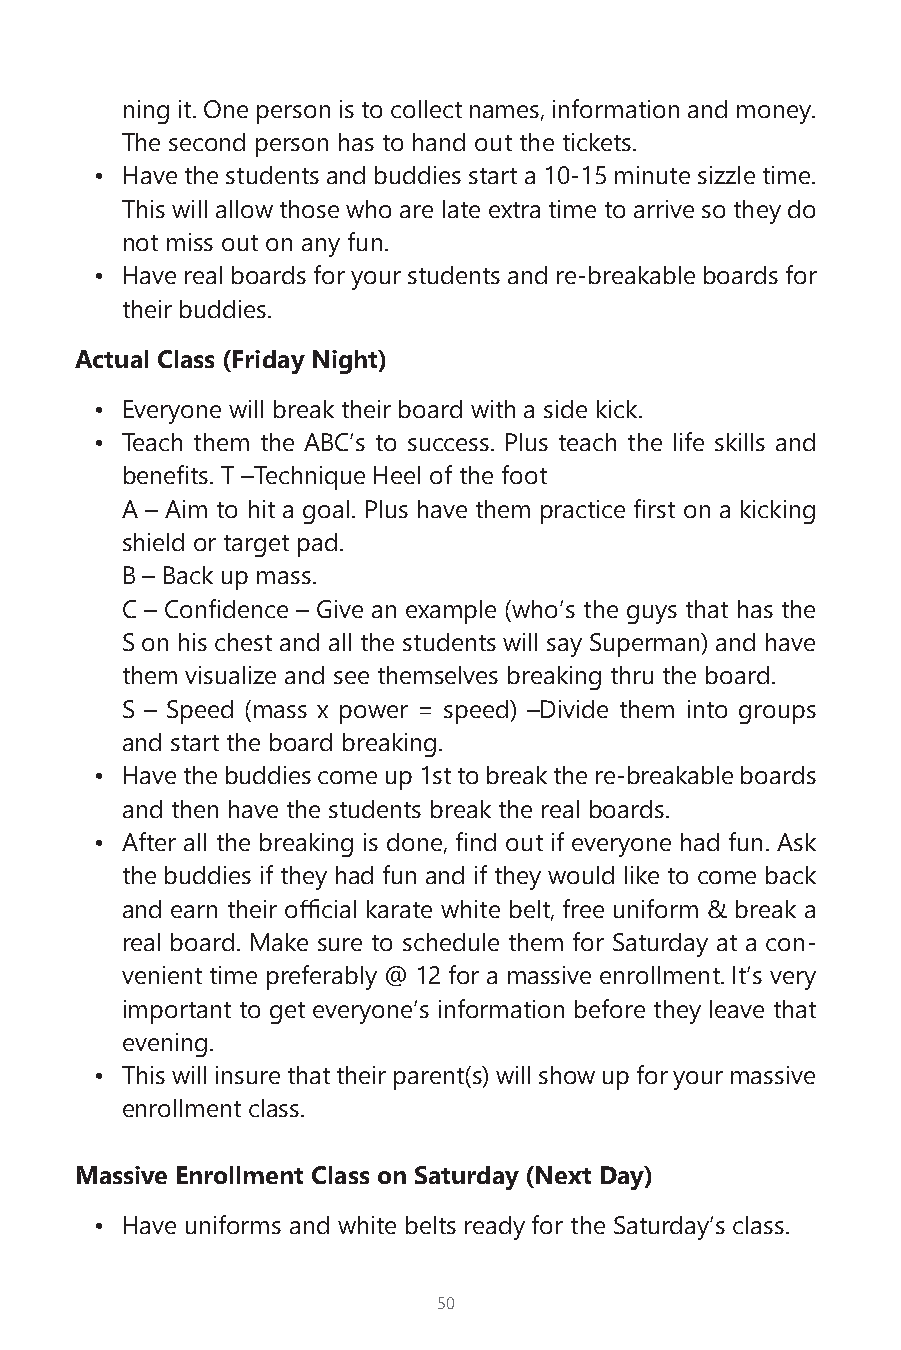
ning it. One person is to collect names, information and money.
 The second person has to hand out the tickets.
 • Have the students and buddies start a 10-15 minute sizzle time.
 This will allow those who are late extra time to arrive so they do
 not miss out on any fun.
 • Have real boards for your students and re-breakable boards for
 their buddies.
 Actual Class (Friday Night)
 • Everyone will break their board with a side kick.
 • Teach them the ABC’s to success. Plus teach the life skills and
 benefits. T –Technique Heel of the foot
 A – Aim to hit a goal. Plus have them practice first on a kicking
 shield or target pad.
 B – Back up mass.
 C – Confidence – Give an example (who’s the guys that has the
 S on his chest and all the students will say Superman) and have
 them visualize and see themselves breaking thru the board.
 S – Speed (mass x power = speed) –Divide them into groups
 and start the board breaking.
 • Have the buddies come up 1st to break the re-breakable boards
 and then have the students break the real boards.
 • After all the breaking is done, find out if everyone had fun. Ask
 the buddies if they had fun and if they would like to come back
 and earn their official karate white belt, free uniform & break a
 real board. Make sure to schedule them for Saturday at a con-
 venient time preferably @ 12 for a massive enrollment. It’s very
 important to get everyone’s information before they leave that
 evening.
 • This will insure that their parent(s) will show up for your massive
 enrollment class.
 Massive Enrollment Class on Saturday (Next Day)
 • Have uniforms and white belts ready for the Saturday’s class.
 50